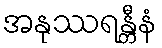
အနုဿရန္တီနံ